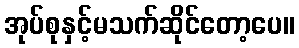
အုပ်စုနှင့်မသက်ဆိုင်တော့ပေ။